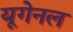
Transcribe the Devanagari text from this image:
यूगेनल